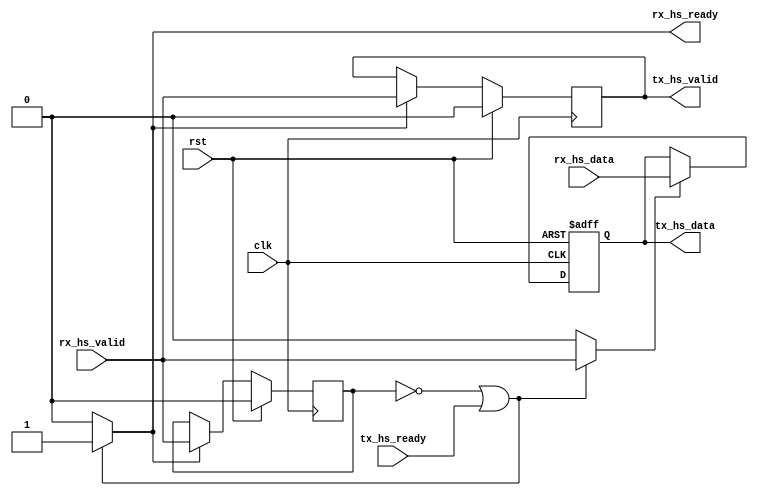
module myvrlg (
        input  wire 		rst,
        input  wire 		clk,

        // rx_hs (consume data)
        output wire     	rx_hs_ready,
        input  wire     	rx_hs_valid,
        input  wire [63:0]	rx_hs_data,

        // tx_hs (produce data)
        input  wire     	tx_hs_ready,
        output wire     	tx_hs_valid,
        output wire [63:0]	tx_hs_data        
        );

/* Custom code begin */
reg inst_inst_tx_hs_valid;
wire inst_inst_rx_hs_valid;
reg [63:0] inst_inst_tx_hs_data;
reg inst_inst_hs_en;
reg inst_inst_rx_hs_ready;
wire inst_inst_tx_hs_ready;
reg inst_inst_hs_en_inst_state;
wire inst1_snk_valid;
wire inst1_snk_ready;
wire [63:0] inst1_inst_snk_data;
wire [63:0] inst0_snk_data;


assign inst1_snk_ready = (!0) ? tx_hs_ready : 1;
assign tx_hs_valid = inst1_snk_valid;

assign inst1_snk_valid = inst_inst_tx_hs_valid;
assign inst_inst_tx_hs_ready = (!0) ? inst1_snk_ready : 1;
assign inst1_inst_snk_data = inst_inst_tx_hs_data;

assign tx_hs_data = inst1_inst_snk_data[64-1:0];

assign inst_inst_rx_hs_valid = rx_hs_valid;
assign rx_hs_ready = (!0) ? inst_inst_rx_hs_ready : 1;
assign inst0_snk_data = rx_hs_data;


always @(inst_inst_tx_hs_ready, inst_inst_rx_hs_valid, inst_inst_hs_en_inst_state) begin: PT_HS_TOP_INST_HS_EN_INST_RDY
    if (((inst_inst_hs_en_inst_state == 0) || inst_inst_tx_hs_ready)) begin
        inst_inst_rx_hs_ready = 1;
        inst_inst_hs_en = inst_inst_rx_hs_valid;
    end
    else begin
        inst_inst_rx_hs_ready = 0;
        inst_inst_hs_en = 0;
    end
end


always @(posedge clk) begin: PT_HS_TOP_INST_HS_EN_INST_CLK_PRCS
    if (rst) begin
        inst_inst_hs_en_inst_state <= 0;
        inst_inst_tx_hs_valid <= 0;
    end
    else begin
        if (inst_inst_rx_hs_ready) begin
            inst_inst_hs_en_inst_state <= inst_inst_rx_hs_valid;
            inst_inst_tx_hs_valid <= inst_inst_rx_hs_valid;
        end
    end
end


always @(posedge clk, posedge rst) begin: PT_HS_TOP_INST_CLK_PRCS_HS
    if (rst == 1) begin
        inst_inst_tx_hs_data <= 0;
    end
    else begin
        if (inst_inst_hs_en) begin
            inst_inst_tx_hs_data <= inst0_snk_data[64-1:0];
        end
    end
end
/* Custom code end */

endmodule